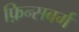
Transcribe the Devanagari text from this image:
फ़िन्सबर्ग